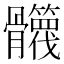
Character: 𩪻